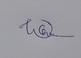
Signature authenticity: genuine